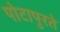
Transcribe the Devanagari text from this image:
पोटापुरते